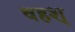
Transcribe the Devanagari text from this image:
वहश्